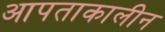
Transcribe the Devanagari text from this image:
आपताकालीन